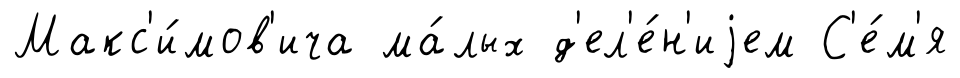
Макс'и́мов'ича ма́лых д'ел'е́н'иjем С'е́м'я